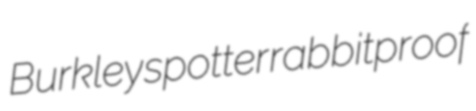
Burkley spotter rabbitproof